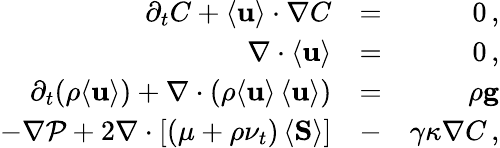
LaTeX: \begin{array}{rlr}{\partial_{t}C+\langle{\mathbf{u}}\rangle\cdot\nabla C}&{=}&{0\, ,}\\ {\nabla\cdot\langle{\mathbf{u}}\rangle}&{=}&{0\, ,}\\ {\partial_{t}(\rho\langle{\mathbf{u}}\rangle)+\nabla\cdot(\rho\langle{\mathbf{u}}\rangle\, \langle{\mathbf{u}}\rangle)}&{=}&{\rho{\mathbf{g}}}\\ {-\nabla\mathcal P+2\nabla\cdot[(\mu+\rho\nu_{t})\, \langle{\mathbf{S}}\rangle]}&{-}&{\gamma\kappa\nabla C\, ,}\end{array}